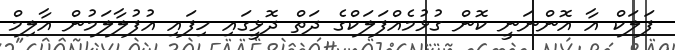
ފަލަކް އާ އޮންނަނީ ކޮން ގުޅުމެއްފަލަކްގެ ދަތް ދޮޅީގައި ހިފައި އުފުލާލަމުން އާލިމް